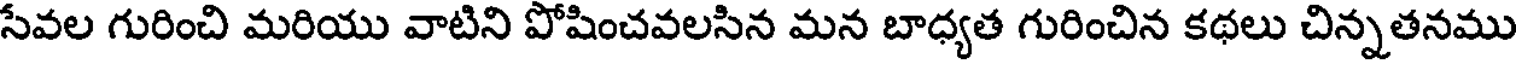
సేవల గురించి మరియు వాటిని పోషించవలసిన మన బాధ్యత గురించిన కథలు చిన్నతనము